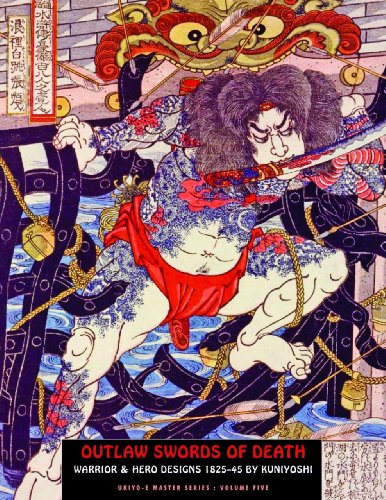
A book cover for Outlaw Swords Of Death: Warrior & Hero Designs 1825-45 (Ukiyo-e Master Series); Arts & Photography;